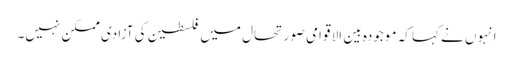
انہوں نے کہا کہ موجودہ بین الا قوامی صورتحال میں فلسطین کی آزادی ممکن نہیں۔